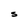
Character: S